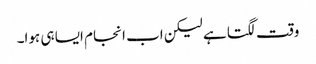
وقت لگتا ہے لیکن اب انجام ایسا ہی ہوا۔